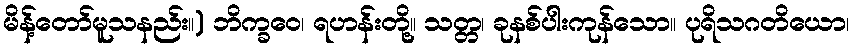
မိန့်တော်မူသနည်း။) ဘိက္ခဝေ၊ ရဟန်းတို့။ သတ္တ၊ ခုနစ်ပါးကုန်သော။ ပုရိသဂတိယော၊